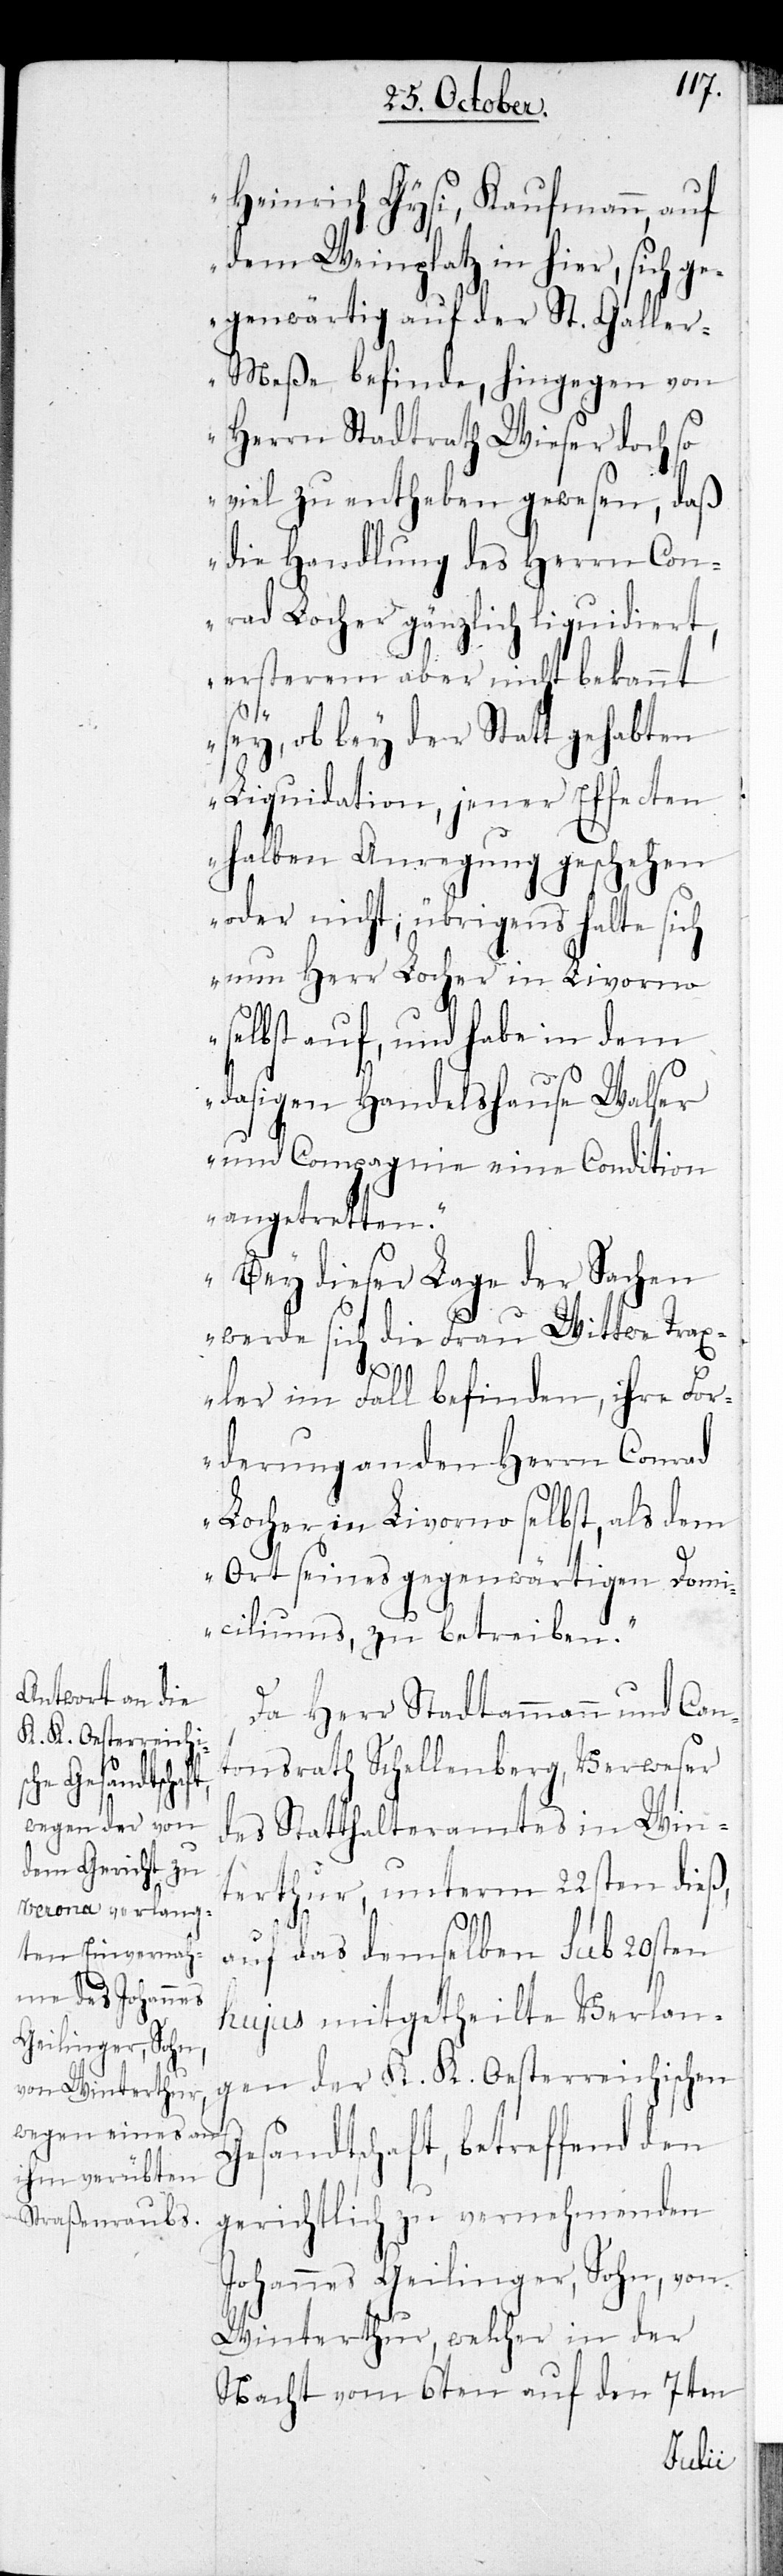
Heinrich Gysi, Kaufmann, auf
dem Weinplatz in hier, sich g¬
egenwärtig auf der St. Galle¬
r-Meße befinde, hingegen von
Herrn Stadtrath Wieser doch so
viel zu entheben gewesen, daß
die Handlung des Herrn Con¬
rad Locher gänzlich liquidiert,
ersterem aber nicht bekannt
G¬
sey, ob bey der Statt gehabten
Liquidation, jener Effecten
halben Anregung geschehen
oder nicht; übrigens halte sich
nun Herr Locher in Livorno
selbst auf, und habe in dem
dasigen Handelshause Walser
und Compagnie eine Condition
angetretten.
Bey dieser Lage der Sachen
werde sich die Frau Wittwe Trax¬
ler im Fall befinden, ihre For¬
derung an den Herrn Conrad
Locher in Livorno selbst, als dem
Ort seines gegenwärtigen Domi¬
ciliums, zu betreiben."
Da Herr Stadtammann und Can¬
tonsrath Schellenberg, Verweser
des Statthalteramtes in Win¬
terthur, unterm 22sten dieß,
auf das demselben sub 20sten
hujus mitgetheilte Verlan¬
gen der K. K. Oesterreichischen
esandtschaft, betreffend den
gerichtlich zu vernehmenden
Johannes Geilinger, Sohn, von
Winterthur, welcher in der
Nacht vom 6ten auf den 7ten